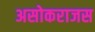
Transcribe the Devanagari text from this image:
असोकराजस